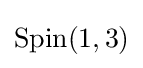
\operatorname {Spin} (1,3)